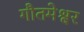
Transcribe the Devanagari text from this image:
गौतमेश्वर